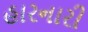
હારનારી